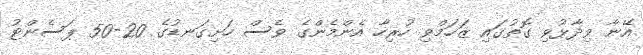
އޭނާ ވިދާޅުވި ގޮތުގައި ޒަހަމްވި ހުރިހާ އެންމެންގެ ވެސް ހަށިގަނޑުގެ 20-50 ޕަސެންޓު